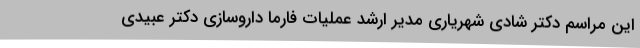
این مراسم دکتر شادی شهریاری مدیر ارشد عملیات فارما داروسازی دکتر عبیدی